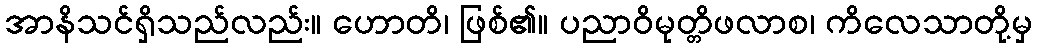
အာနိသင်ရှိသည်လည်း။ ဟောတိ၊ ဖြစ်၏။ ပညာဝိမုတ္တိဖလာစ၊ ကိလေသာတို့မှ